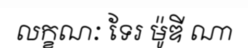
លក្ខណៈ ទែរ ម៉ូឌី ណា